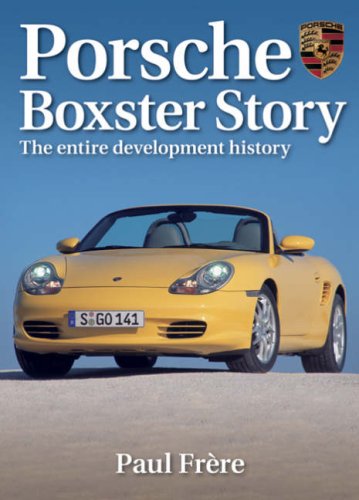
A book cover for Porsche Boxster Story: The Entire Development History; Paul Frere; Engineering & Transportation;